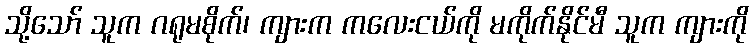
သို့သော် သူက ဂရုမစိုက်၊ ကျားက ကလေးငယ်ကို မကိုက်နိုင်မီ သူက ကျားကို